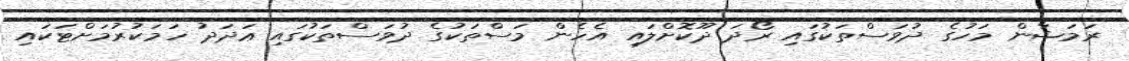
ރަމަޟާން މަހުގެ ދުވަސްތަކުގައި ރޯދަ ދޫކޮށްލައި އެހެން މަސްތަކުގެ ދުވަސްތަކުގައި ޢަދަދު ހަމަކުރުމަށްޓަކައި